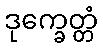
ဒုက္ခေတ္တံ